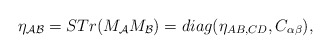
\begin{align*}\eta_{{\cal AB}}= STr(M_{{\cal A}} M_{{\cal B}})=diag(\eta_{AB,CD},C_{\alpha\beta}),\end{align*}